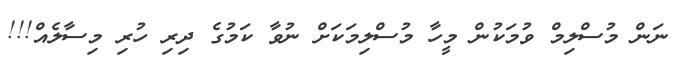
ނަން މުސްލިމް ވުމަކުން މީހާ މުސްލިމަކަށް ނުވާ ކަމުގެ ދިރި ހުރި މިސާލެއް!!!